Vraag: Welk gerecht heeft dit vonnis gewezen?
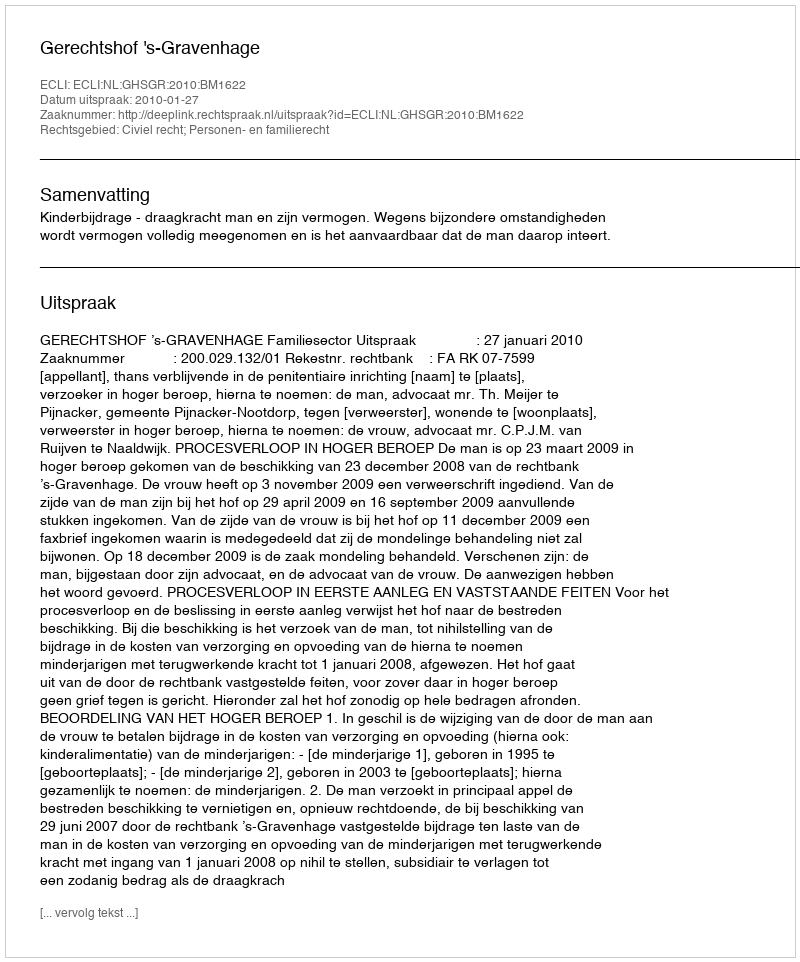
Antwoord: Gerechtshof 's-Gravenhage